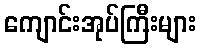
ကျောင်းအုပ်ကြီးများ